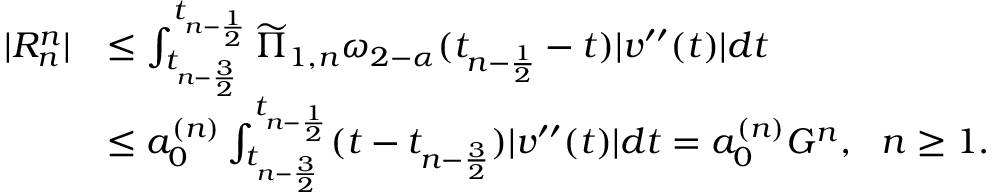
\begin{array} { r l } { | R _ { n } ^ { n } | } & { \le \int _ { t _ { n - \frac { 3 } { 2 } } } ^ { t _ { n - \frac { 1 } { 2 } } } \widetilde { \Pi } _ { 1 , n } \omega _ { 2 - \alpha } ( t _ { n - \frac { 1 } { 2 } } - t ) | v ^ { \prime \prime } ( t ) | d t } \\ & { \le a _ { 0 } ^ { ( n ) } \int _ { t _ { n - \frac { 3 } { 2 } } } ^ { t _ { n - \frac { 1 } { 2 } } } ( t - t _ { n - \frac { 3 } { 2 } } ) | v ^ { \prime \prime } ( t ) | d t = a _ { 0 } ^ { ( n ) } G ^ { n } , ~ ~ n \ge 1 . } \end{array}